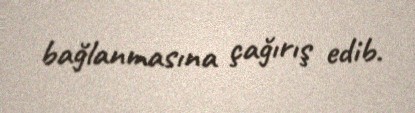
bağlanmasına çağırış edib.